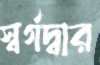
স্বর্গদ্বার